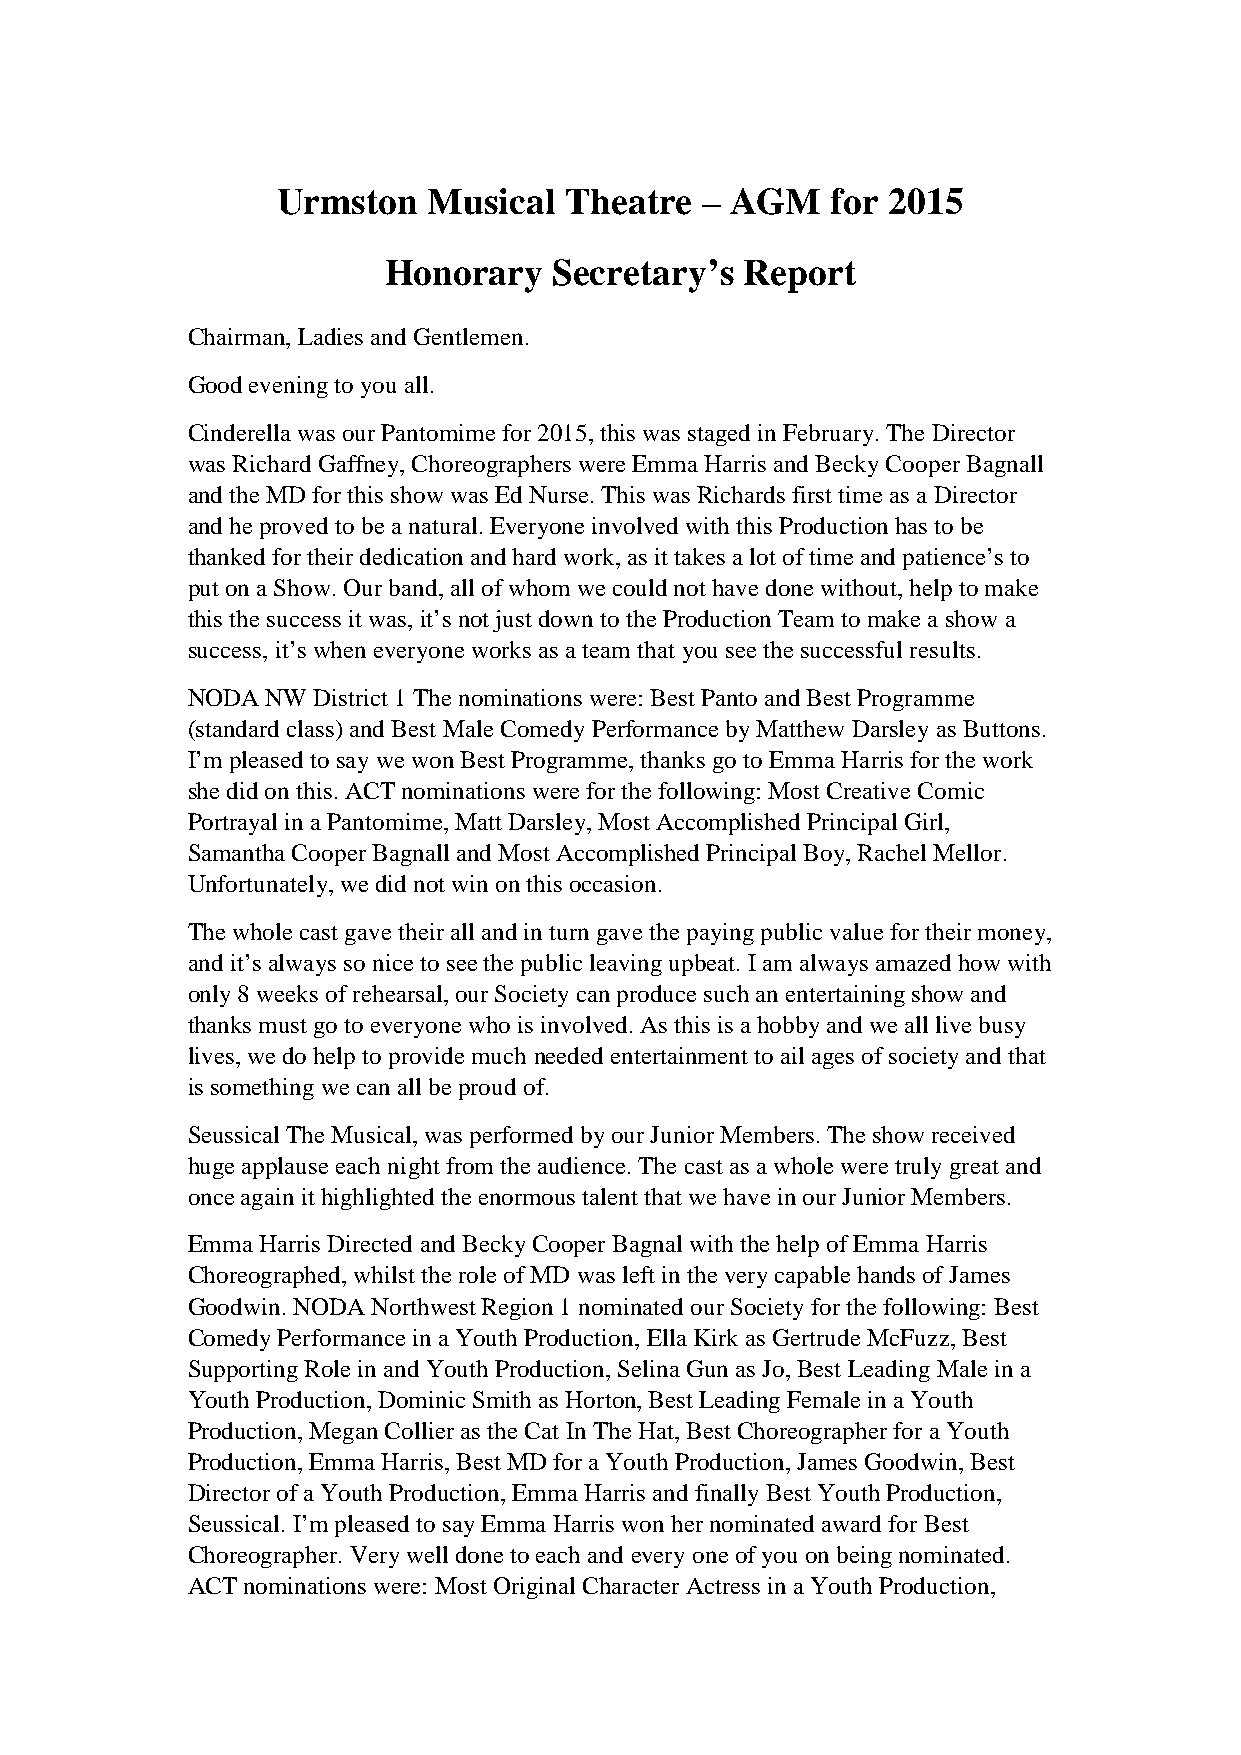
Urmston   Musical  Theatre  – AGM    for 2015
 Honorary    Secretary’s Report
 Chairman, Ladies and Gentlemen.
 Good evening to you all.
 Cinderella was our Pantomime for 2015, this was staged in February. The Director
 was Richard Gaffney, Choreographers were Emma Harris and Becky Cooper Bagnall
 and the MD for this show was Ed Nurse. This was Richards first time as a Director
 and he proved to be a natural. Everyone involved with this Production has to be
 thanked for their dedication and hard work, as it takes a lot of time and patience’s to
 put on a Show. Our band, all of whom we could not have done without, help to make
 this the success it was, it’s not just down to the Production Team to make a show a
 success, it’s when everyone works as a team that you see the successful results.
 NODA  NW District 1 The nominations were: Best Panto and Best Programme
 (standard class) and Best Male Comedy Performance by Matthew Darsley as Buttons.
 I’m pleased to say we won Best Programme, thanks go to Emma Harris for the work
 she did on this. ACT nominations were for the following: Most Creative Comic
 Portrayal in a Pantomime, Matt Darsley, Most Accomplished Principal Girl,
 Samantha Cooper Bagnall and Most Accomplished Principal Boy, Rachel Mellor.
 Unfortunately, we did not win on this occasion.
 The whole cast gave their all and in turn gave the paying public value for their money,
 and it’s always so nice to see the public leaving upbeat. I am always amazed how with
 only 8 weeks of rehearsal, our Society can produce such an entertaining show and
 thanks must go to everyone who is involved. As this is a hobby and we all live busy
 lives, we do help to provide much needed entertainment to ail ages of society and that
 is something we can all be proud of.
 Seussical The Musical, was performed by our Junior Members. The show received
 huge applause each night from the audience. The cast as a whole were truly great and
 once again it highlighted the enormous talent that we have in our Junior Members.
 Emma Harris Directed and Becky Cooper Bagnal with the help of Emma Harris
 Choreographed, whilst the role of MD was left in the very capable hands of James
 Goodwin. NODA Northwest Region 1 nominated our Society for the following: Best
 Comedy Performance in a Youth Production, Ella Kirk as Gertrude McFuzz, Best
 Supporting Role in and Youth Production, Selina Gun as Jo, Best Leading Male in a
 Youth Production, Dominic Smith as Horton, Best Leading Female in a Youth
 Production, Megan Collier as the Cat In The Hat, Best Choreographer for a Youth
 Production, Emma Harris, Best MD for a Youth Production, James Goodwin, Best
 Director of a Youth Production, Emma Harris and finally Best Youth Production,
 Seussical. I’m pleased to say Emma Harris won her nominated award for Best
 Choreographer. Very well done to each and every one of you on being nominated.
 ACT nominations were: Most Original Character Actress in a Youth Production,